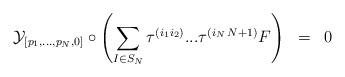
LaTeX: \begin{align*}{\cal{Y}}_{[ p_1 ,..., p_N ,0]} \circ \left( \sum_{I \in S_N} \tau^{( i_1 i_2 )} ... \tau^{( i_N \, N+1)} F \right) \;\; =\;\; 0 \end{align*}